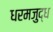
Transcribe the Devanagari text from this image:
धरमजुद्ध